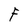
Character: F